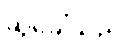
ဆွဲခေါ်သည်။